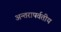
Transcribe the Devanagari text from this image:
अन्तरापर्वतीय